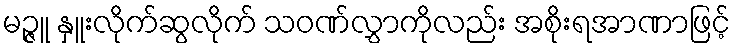
မဉ္ဇူ နှူးလိုက်ဆွလိုက် သဝဏ်လွှာကိုလည်း အစိုးရအာဏာဖြင့်